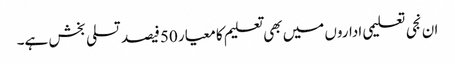
ان نجی تعلیمی اداروں میں بھی تعلیم کا معیار 50فیصد تسلی بخش ہے۔